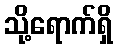
သို့ရောက်ရှိ